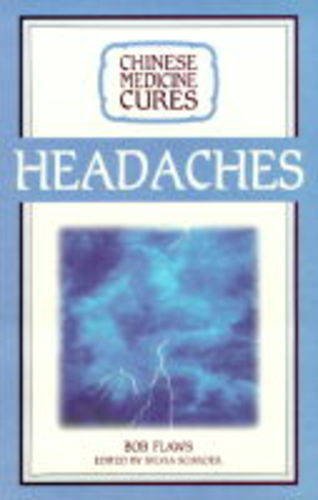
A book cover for Chinese Medicine Cures Headaches; Bob Flaws; Health, Fitness & Dieting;